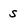
Character: s